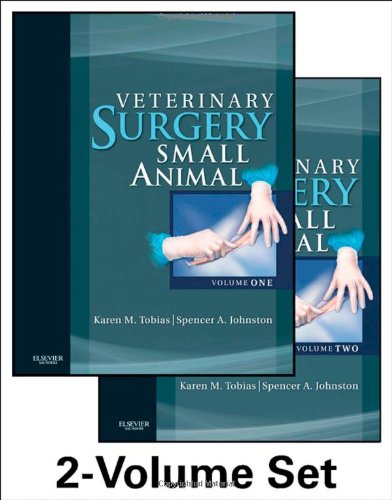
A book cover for Veterinary Surgery: Small Animal: 2-Volume Set, 1e; Karen M. Tobias DVM  MS  DACVS; Medical Books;